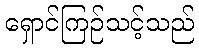
ရှောင်ကြဉ်သင့်သည်